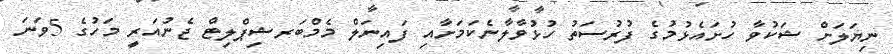
ނިޔަލަށް ޝަކުވާ ހުށައެޅުމުގެ ފުރުސަތު ހުޅުވާލާނެކަމަށާއި ފައިނަލް މެމްބަރޝިޕްލިޓް ޖެނުއަރީ މަހުގެ 5ވަނަ